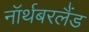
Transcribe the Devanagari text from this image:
नॉर्थबरलैंड